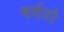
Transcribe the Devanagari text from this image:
बर्सटो